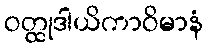
ဝတ္ထုဒါယိကာဝိမာနံ